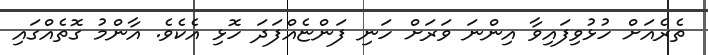
ތެރެއަށް ހުޅުވިފައިވާ އިންނަ ވަރަށް ހަނި ފަންޏެއްފަދަ ހޮޅި އެކެވެ. އާންމު ގޮތެއްގައި